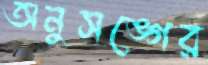
অনুসঙ্গের